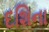
દશિના